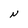
Character: N